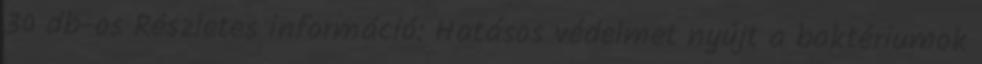
30 db-os Részletes információ: Hatásos védelmet nyújt a baktériumok